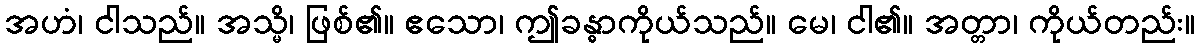
အဟံ၊ ငါသည်။ အသ္မိ၊ ဖြစ်၏။ ဧသော၊ ဤခန္ဓာကိုယ်သည်။ မေ၊ ငါ၏။ အတ္တာ၊ ကိုယ်တည်း။